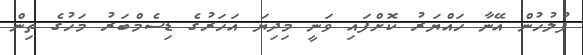
ފުލުހުން އޭނާ ހައްޔަރު ކޮށްފައި ވަނީ މިދިޔަ އަހަރުގެ ޑިސެމްބަރު މަހުގެ ތިން